Civil Veterinary Department Bihar reports 1940-50 - 1940-1950
Year: 1940
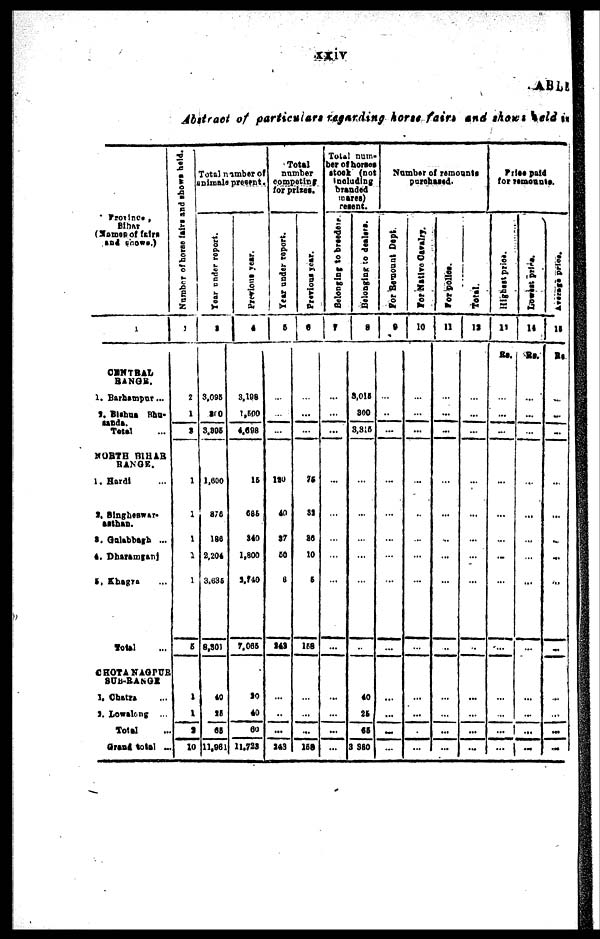
xxiv
TABLE
Abstract of particulars regarding horse fairs and shows held in
* Province,
Bihar
(Name of fairs
and shows.)
1
CENTRAL
RANGE.
1. Barhampur ...
2. Bishue Bhu-
Sande.
Total ...
NORTH BIHAR
RANGE.
1. Hardi ...
2. Singheswar.
asthan.
3. Gulabbagh ...
4. Dharamganj
5. Khagra ...
Total ...
CHOTA NAGPUR
SUB-RANGE
1. Chatra ...
2. Lowalong ...
Total ...
Grand total ...
Number of horse fairs and shows held.
2
2
1
3
1
1
1
1
1
6
1
1
2
10
Total number of
animals present.
Year under report.
3
3.095
200
3,805
1,600
876
186
2,204
3,635
8,301
40
18
65
11,861
Previous year.
4
3,198
1,500
4,698
16
685
240
1,800
2,740
7,065
20
40
SO
11,723
Total
number
competing
for prices.
Year under report.
5
...
...
...
120
40
27
50
6
Ml
...
...
...
243
Previous year.
6
...
...
...
75
32
26
10
6
168
...
...
...
159
Total num-
ber of horses
stock (not
including
branded
mares
resent.
Belonging
to breedinge
7
...
...
...
...
...
...
...
...
...
...
...
...
...
Belonging to dealers.
8
8,015
800
3,375
...
...
...
...
...
...
40
25
65
3 980
Number of remounts
purchased.
For Remount Dept
9
...
...
...
...
...
...
...
...
...
...
...
...
...
For Native Cavalry.
10
...
...
...
...
...
...
...
...
...
...
...
...
...
For polles.
11
...
...
...
...
...
...
...
...
..
...
...
...
...
Total.
18
...
...
...
...
...
...
...
...
...
...
...
...
...
Price paid
for
remounts.
Highest price.
13
Rs..
...
...
...
...
...
...
...
...
...
...
...
...
...
Lowest price.
14
Rs.
...
...
...
...
...
...
...
...
...
...
...
...
...
Average price.
15
Rs
...
...
...
...
...
...
...
...
...
...
...
...
...